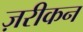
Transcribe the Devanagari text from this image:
ज़रीकन